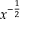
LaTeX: x ^ { - { \frac { 1 } { 2 } } }